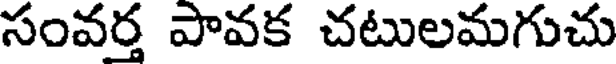
సంవర్త పావక చటులమగుచు